Indian Medical Review
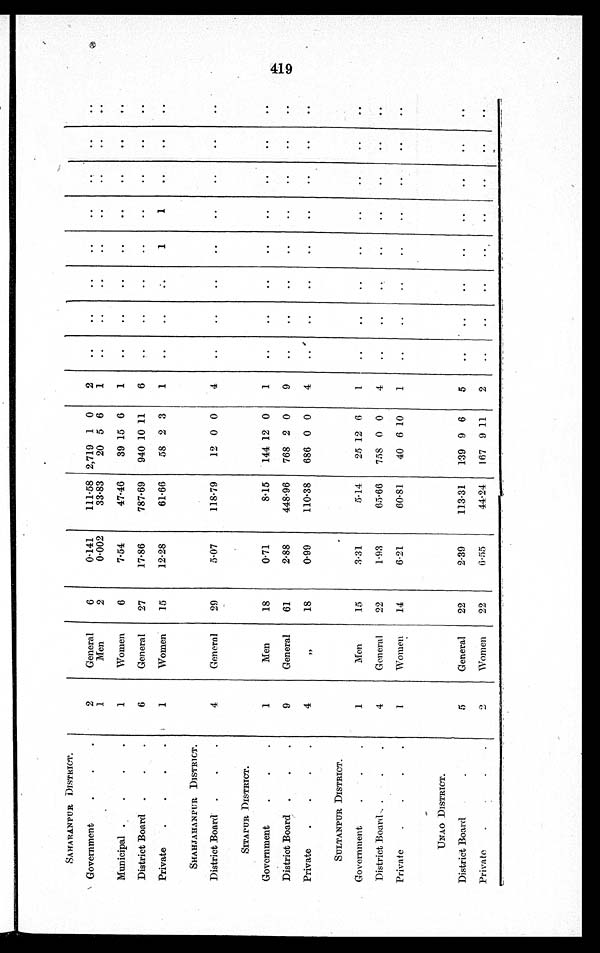
SAHARANPUR DISTRICT.
Government
.
.
.
2
General
6
0 . 1 4 1 111.58 2,719 1 0
2
..
..
..
..
.. ..
. .
. .
1
Men
2
0.002
33.83
20 5 6
1
. . ..
..
..
..
. .
. .
. .
Municipal .
.
.
.
1
Women
6
7.54
47.46
39 15 6
1
..
..
..
..
..
. .
. .
. .
District Board .
.
.
6
General
27
17.86
787.69
940 10 11
6
..
..
..
..
..
..
. .
. .
Private
.
.
.
.
1
Women
15
12.28
61.66
58 2 3
1
..
..
. .
1
1
..
..
. .
SHAHJAHANPUR DISTRICT.
District Board. .
.
.
4
General
29
5.07
118.79
12 0 0
4
..
..
..
..
..
. .
. .
. .
SITAPUR DISTRICT.
Government
.
.
.
1
Men
1 8
0.71
8.15
144 12 0
1
..
..
..
..
. .
. .
. .
District Board .
.
.
9
General
61
2.88
448.96
768 2 0
9
..
..
..
..
. .
. .
. .
. .
Private
.
.
.
.
4
" 18
0.99
110.38
686 0 0
4
..
..
..
..
. .
. .
. .
. .
SULTANPUR DISTRICT.
Government
.
.
.
1
Men
15
3.31
5.14
25 12 6
1
..
..
..
. .
. .
. .
. .
District Board .
.
.
4
General
22
1.93
65.66
758 0 0
4
..
. .
. .
..
. .
. .
. .
. .
Private
.
.
.
.
1
Women
14
6.21
60.81
40 6 10
1
..
..
..
. .
. .
. .
. .
. .
UNAO DISTRICT.
District Board
5
General
22
2.39
113.31
139 9 6
5
..
..
..
..
. .
. .
. .
. .
Private
. .
.
.
2
Women
22
6.55
44.24
167 9 11
2
..
..
.. ..
..
..
. . ..
419